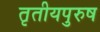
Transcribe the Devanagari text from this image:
तृतीयपुरुष